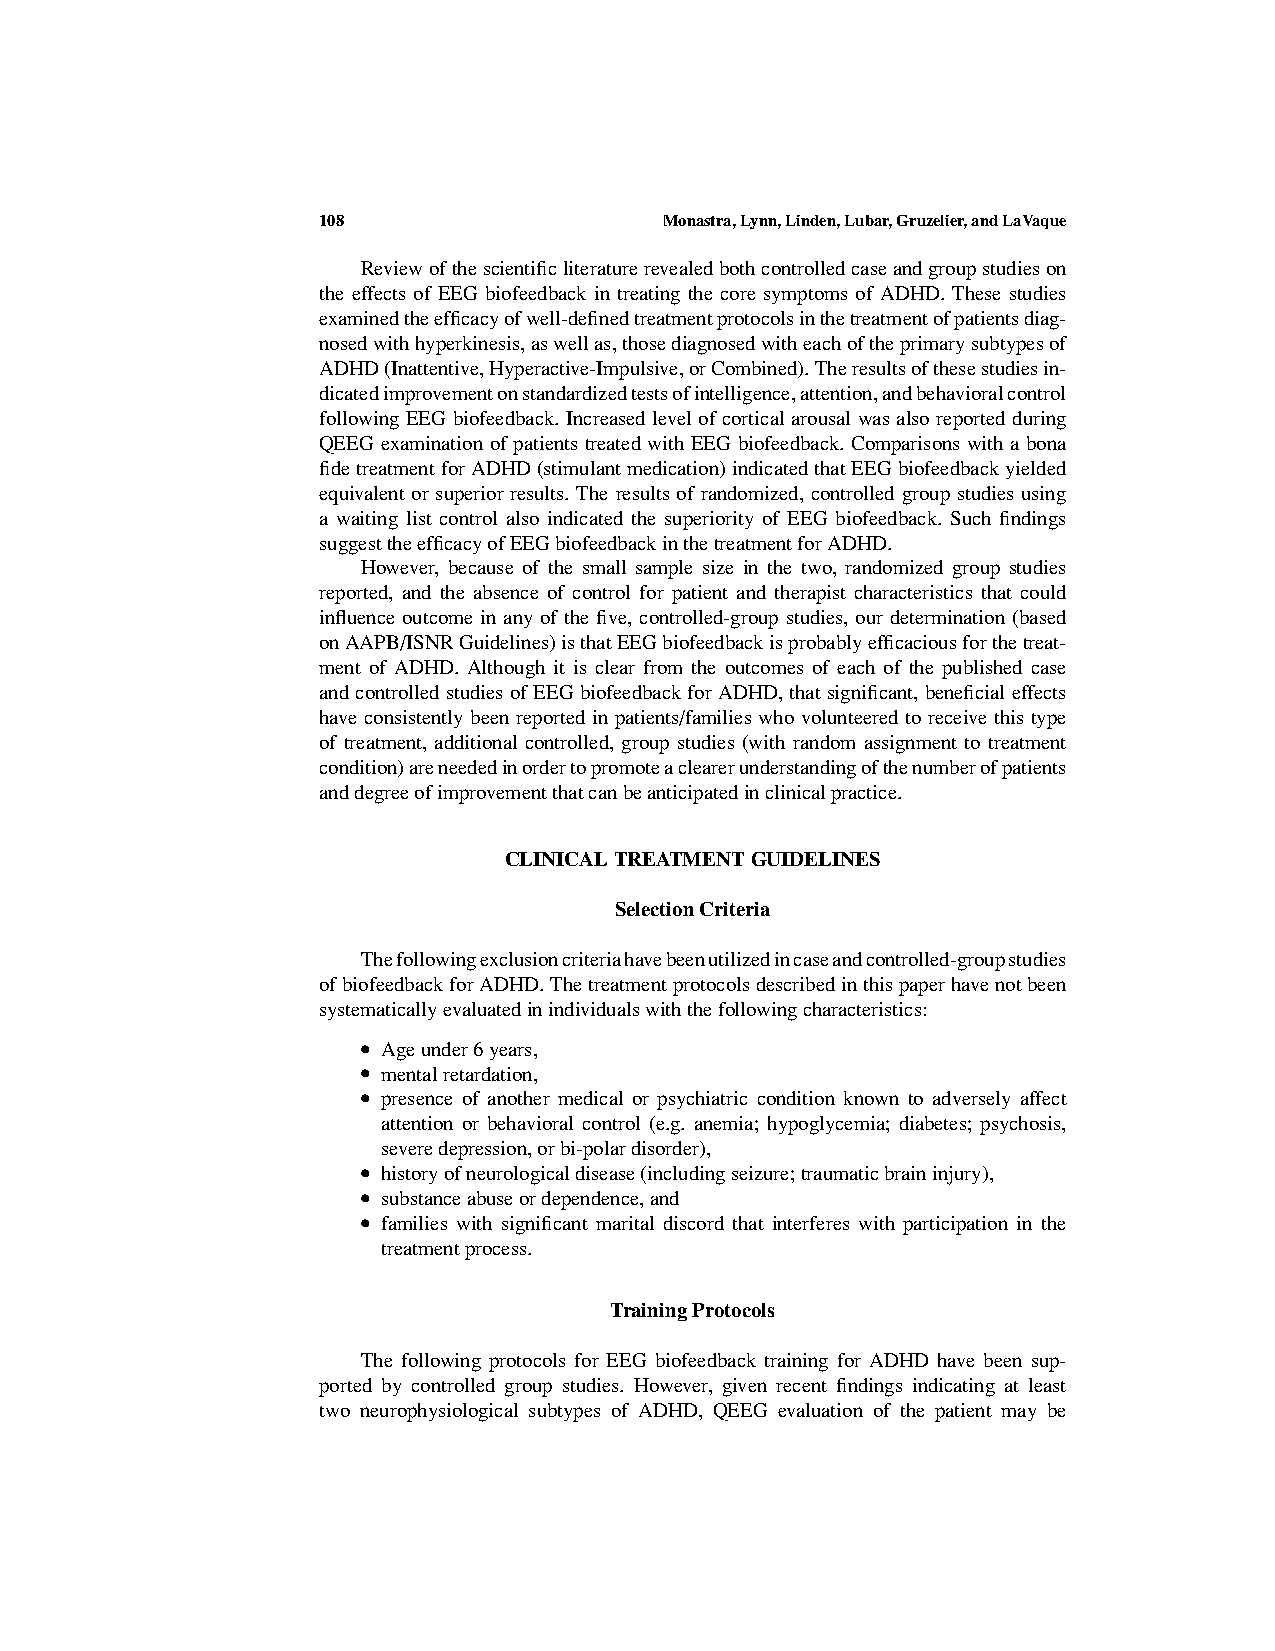
108                    Monastra,Lynn,Linden,Lubar,Gruzelier,andLaVaque
 Reviewofthescientificliteraturerevealedbothcontrolledcaseandgroupstudieson
 the effects of EEG biofeedback in treating the core symptoms of ADHD. These studies
 examinedtheefficacyofwell-definedtreatmentprotocolsinthetreatmentofpatientsdiag-
 nosedwithhyperkinesis,aswellas,thosediagnosedwitheachoftheprimarysubtypesof
 ADHD(Inattentive,Hyperactive-Impulsive,orCombined).Theresultsofthesestudiesin-
 dicatedimprovementonstandardizedtestsofintelligence,attention,andbehavioralcontrol
 following EEG biofeedback. Increased level of cortical arousal was also reported during
 QEEG examination of patients treated with EEG biofeedback. Comparisons with a bona
 fidetreatmentforADHD(stimulantmedication)indicatedthatEEGbiofeedbackyielded
 equivalent or superior results. The results of randomized, controlled group studies using
 a waiting list control also indicated the superiority of EEG biofeedback. Such findings
 suggesttheefficacyofEEGbiofeedbackinthetreatmentforADHD.
 However, because of the small sample size in the two, randomized group studies
 reported, and the absence of control for patient and therapist characteristics that could
 influence outcome in any of the five, controlled-group studies, our determination (based
 onAAPB/ISNRGuidelines)isthatEEGbiofeedbackisprobablyefficaciousforthetreat-
 ment of ADHD. Although it is clear from the outcomes of each of the published case
 and controlledstudiesofEEGbiofeedback forADHD, that significant,beneficial effects
 have consistently been reported in patients/families who volunteered to receive this type
 of treatment, additional controlled, group studies (with random assignment to treatment
 condition)areneededinordertopromoteaclearerunderstandingofthenumberofpatients
 anddegreeofimprovementthatcanbeanticipatedinclinicalpractice.
 CLINICALTREATMENTGUIDELINES
 SelectionCriteria
 Thefollowingexclusioncriteriahavebeenutilizedincaseandcontrolled-groupstudies
 ofbiofeedbackforADHD.Thetreatmentprotocolsdescribedinthispaperhavenotbeen
 systematicallyevaluatedinindividualswiththefollowingcharacteristics:
 Ageunder6years,
 •
 mentalretardation,
 •
 presence of another medical or psychiatric condition known to adversely affect
 •
 attention or behavioral control (e.g. anemia; hypoglycemia; diabetes; psychosis,
 severedepression,orbi-polardisorder),
 historyofneurologicaldisease(includingseizure;traumaticbraininjury),
 •
 substanceabuseordependence,and
 •
 families with significant marital discord that interferes with participation in the
 •
 treatmentprocess.
 TrainingProtocols
 The following protocols for EEG biofeedback training for ADHD have been sup-
 ported by controlled group studies. However, given recent findings indicating at least
 two neurophysiological subtypes of ADHD, QEEG evaluation of the patient may be